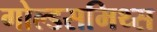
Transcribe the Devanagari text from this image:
गोल्डसमिथ्स